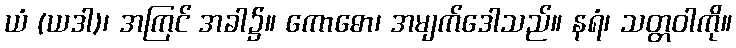
ယံ (ယဒါ)၊ အကြင် အခါ၌။ ကောဓော၊ အမျက်ဒေါသည်။ နရံ၊ သတ္တဝါကို။